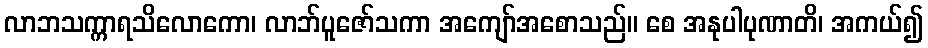
လာဘသက္ကာရသိလောကော၊ လာဘ်ပူဇော်သကာ အကျော်အစောသည်။ စေ အနုပါပုဏာတိ၊ အကယ်၍